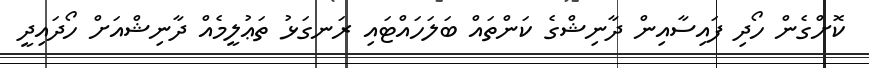
ކޮށްގެން ހޯދި ފައިސާއިން ދާނިޝްގެ ކަންތައް ބަލަހައްޓައި ރަނގަޅު ތަޢުލީމެެއް ދާނިޝްއަށް ހޯދައިދީ